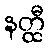
နတ္ထီ